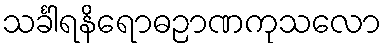
သင်္ခါရနိရောဓဉာဏကုသလော